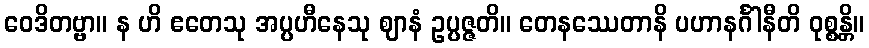
ဝေဒိတဗ္ဗာ။ န ဟိ ဧတေသု အပ္ပဟီနေသု ဈာနံ ဥပ္ပဇ္ဇတိ။ တေနဿေတာနိ ပဟာနင်္ဂါနီတိ ဝုစ္စန္တိ။